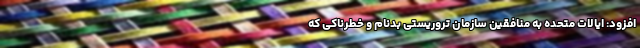
افزود: ایالات متحده به منافقین سازمان تروریستی بدنام و خطرناکی که